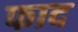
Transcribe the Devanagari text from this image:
फाद